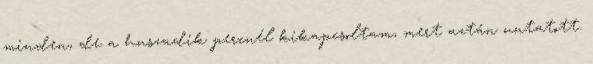
minden, de a huszadik percnél kikapcsoltam, mert aztán untatott.